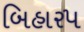
બિહાર૫